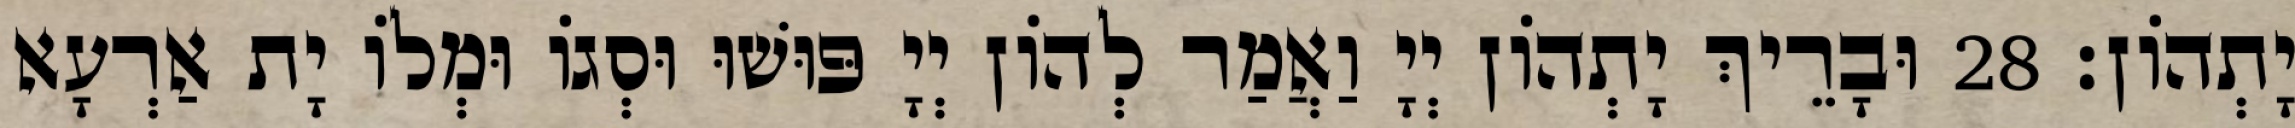
יָתְהוֹן׃ 28 וּבָרֵיךְ יָתְהוֹן יְיָ וַאֲמַר לְהוֹן יְיָ פּוּשׁוּ וּסְגוֹ וּמְלוֹ יָת אַרְעָא